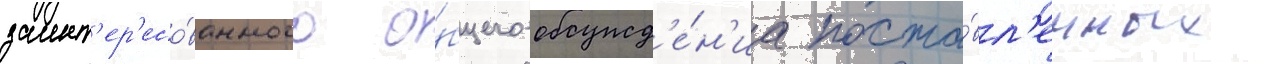
заинт'ер'есо́ванного о́бщего обсужд'е́н'иа поста́вл'енных